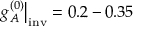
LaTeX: g _ { A } ^ { ( 0 ) } \bigr | _ { \mathrm { i n v } } = 0 . 2 - 0 . 3 5